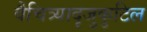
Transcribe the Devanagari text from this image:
वैचित्र्यादृजुकुटिल